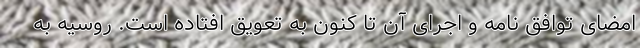
امضای توافق نامه و اجرای آن تا کنون به تعویق افتاده است. روسیه به